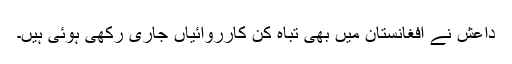
داعش نے افغانستان میں بھی تباہ کن کارروائیاں جاری رکھی ہوئی ہیں۔